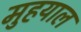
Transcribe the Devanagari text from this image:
मुहयाल